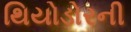
થિયોડોરની